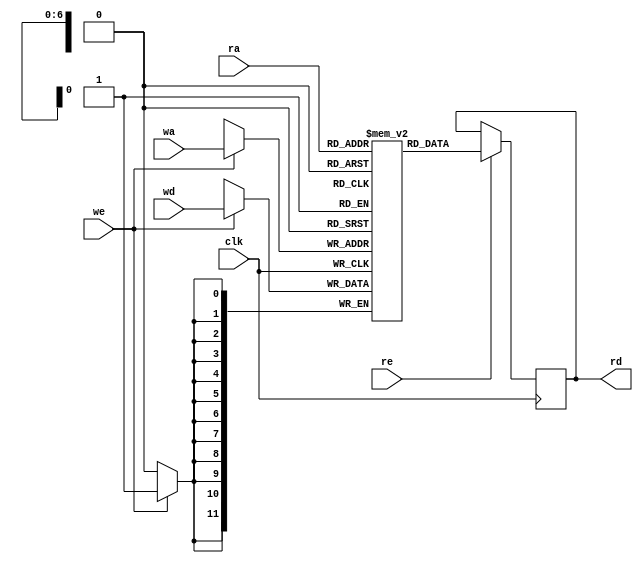
/**
 * Waveform Look Up Table which is "field" reprogrammable
 * 
 * Authors:
 * * Zach Baldwin 2023-10-26
 * 
 * **** USAGE ****
 * PARAMETERS:
 *   WW - Word Width
 *   DEPTH - Number of words to store
 * 
 * INPUTS:
 *   clk - system clock. Data is processed on the rising edge
 *   wa  - Write address
 *   ra  - Read address
 *   wd  - write data
 *   we  - Write enable
 *   re  - Read enable (allows output to be updated on next clock)
 * 
 * OUTPUTS:
 *   rd  - Read data
 */

module lut_rw
  #(
    parameter WW = 12,
    parameter DEPTH = 128
    )
    (
     input                     clk, we, re,
     input [$clog2(DEPTH)-1:0] wa, ra,
     input [WW-1:0]            wd,
     output reg [WW-1:0]       rd
     );

    reg [WW-1:0]               q [0:DEPTH-1];

    always @(posedge clk) begin
        if (re) begin
            rd <= q[ra];
        end
        if (we) begin
            q[wa] <= wd;
        end
    end
    
endmodule // lut_rw